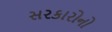
સરકારોનો